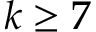
k \geq 7